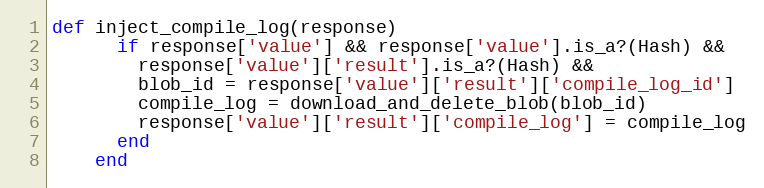
Language: Ruby
def inject_compile_log(response)
      if response['value'] && response['value'].is_a?(Hash) &&
        response['value']['result'].is_a?(Hash) &&
        blob_id = response['value']['result']['compile_log_id']
        compile_log = download_and_delete_blob(blob_id)
        response['value']['result']['compile_log'] = compile_log
      end
    end